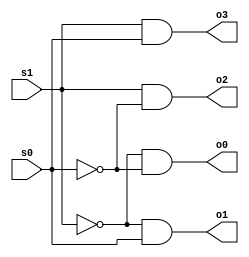
// Ali Iqbal 
// decoder2x4.v, 2x4 decoder, gate synthesis
//
// how to compile: ~changw/ivl/bin/iverilog decoder1x2.v
// how to run: ./a.out

/*
   old-style comments starts with "slash-star"
   why didn't I do this: x=y*z;
   all comments until "star-slash"
*/

module DecoderMod(s1, s0, o0, o1, o2, o3); // module definition
   input s1, s0;
   output o0, o1, o2, o3;

   wire t1, t2; //aditional needed wires

   not(t1, s1);
   not(t2, s0);
   and(o0, t1, t2);  //0 0
   and(o1, t1, s0);  // 0 1
   and(o2, s1, t2);  // 1 0
   and(o3, s1, s0);  // 1 1
   
endmodule

module TestMod;  // or call it main, it tests DecoderMod
   reg s1, s0;
   wire o0, o1, o2, o3; // 4 additional wires      

   DecoderMod my_decoder(s1, s0, o0, o1, o2, o3); // create instance

   initial begin
      $monitor("%0d\t%b\t%b\t%b\t%b\t%b\t%b", $time, s1, s0, o0, o1, o2, o3);
      $display("Time\ts1\ts2\to0\to1\to2\to3");
      $display("--------------------------------------------------");
   end

   initial begin
      s1 = 0; s0= 0;          // initially 00
      #1;					  // wait 1 simulation time unit/cycle
      s1 = 0; s0= 1;          // initially 01
      #1;					  // wait 1 simulation time unit/cycle
      s1 = 1; s0= 0;          // initially 10
      #1;					  // wait 1 simulation time unit/cycle
      s1 = 1; s0= 1;          // initially 11
      #1;					  // wait 1 simulation time unit/cycle
   end
endmodule